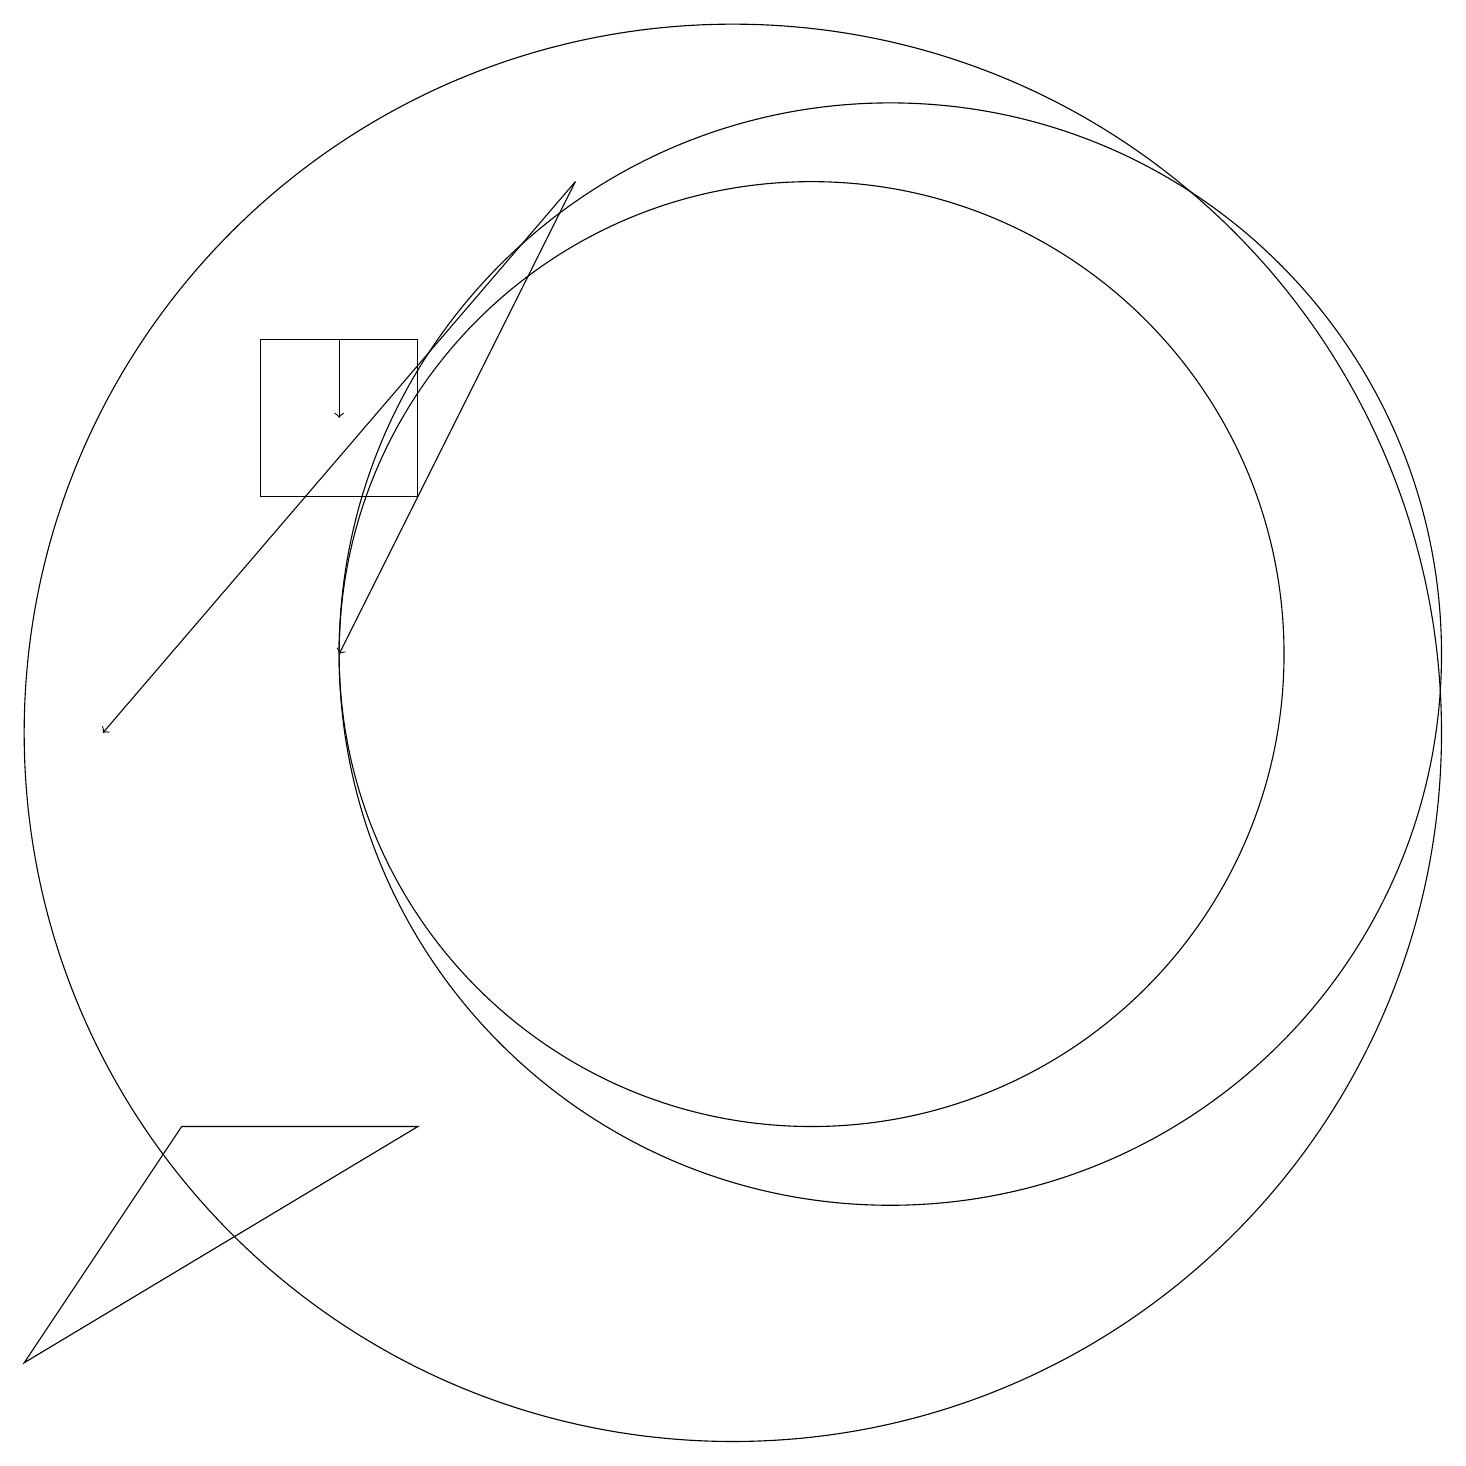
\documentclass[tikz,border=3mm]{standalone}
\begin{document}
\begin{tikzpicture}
\draw[->] (8,18) -- (2,11);
\draw (11,12) circle (6);
\draw (12,12) circle (7);
\draw (10,11) circle (9);
\draw[->] (8,18) -- (5,12);
\draw (3,6) -- (6,6) -- (1,3) -- cycle;
\draw[->] (5,16) -- (5,15);
\draw (6,16) rectangle (4,14);
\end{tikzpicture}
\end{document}